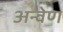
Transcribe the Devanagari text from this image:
अन्वेण